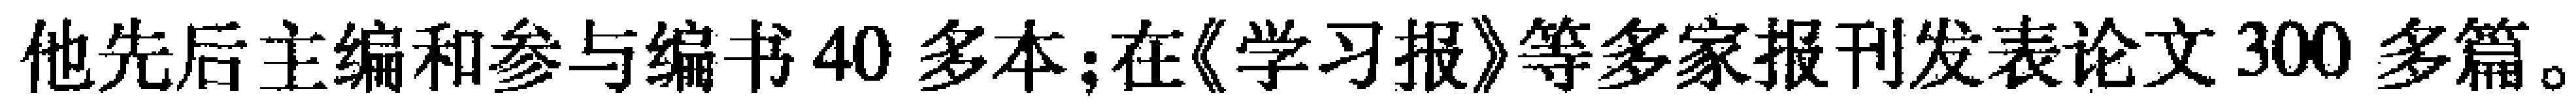
他先后主编和参与编书40多本;在《学习报》等多家报刊发表论文300多篇。